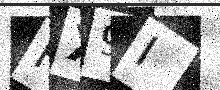
Text: RX9I